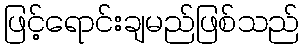
ဖြင့်ရောင်းချမည်ဖြစ်သည်